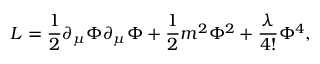
{ \cal L } = \frac { 1 } { 2 } \partial _ { \mu } \Phi \partial _ { \mu } \Phi + \frac { 1 } { 2 } m ^ { 2 } \Phi ^ { 2 } + \frac { \lambda } { 4 ! } \Phi ^ { 4 } ,